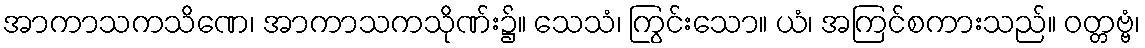
အာကာသကသိဏေ၊ အာကာသကသိုဏ်း၌။ သေသံ၊ ကြွင်းသော။ ယံ၊ အကြင်စကားသည်။ ဝတ္တဗ္ဗံ၊